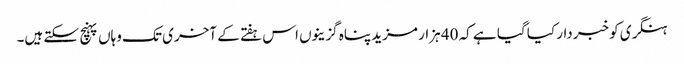
ہنگری کو خبردار کیا گیا ہے کہ 40 ہزار مزید پناہ گزینوں اس ہفتے کے آخری تک وہاں پہنچ سکتے ہیں۔